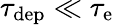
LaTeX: \tau_{\mathrm{dep}}\ll\tau_{\mathrm{e}}